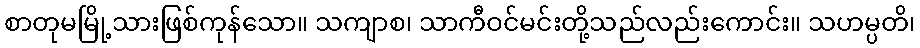
စာတုမမြို့သားဖြစ်ကုန်သော။ သကျာစ၊ သာကီဝင်မင်းတို့သည်လည်းကောင်း။ သဟမ္ပတိ၊